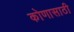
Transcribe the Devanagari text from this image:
कोणासाठी